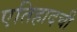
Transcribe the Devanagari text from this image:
एतिहादची